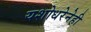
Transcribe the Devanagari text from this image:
यशोधरेनेही